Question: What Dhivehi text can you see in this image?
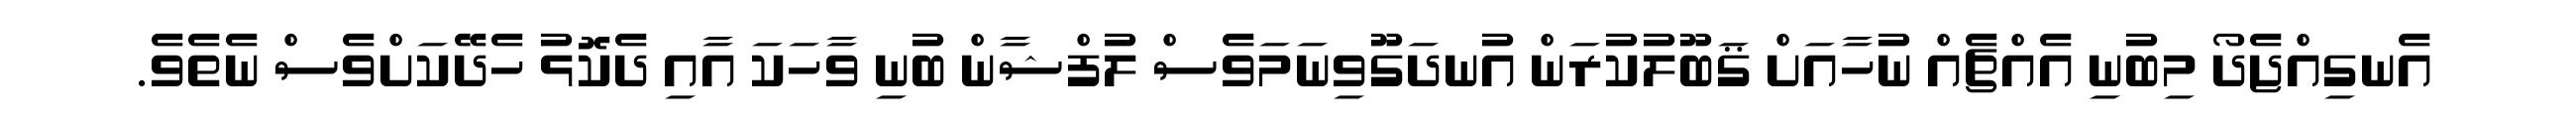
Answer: އެނގިއްޖެދޯ މިބުނި އެއްޗެއް ނުހާއަށް ޤަބޫލުކުރަން އުނދަގޫވިނަމަވެސް ލުފްޝާން ބުނި ވާހަކަ އާއި ދެކޮޅު ހެދޭކަށްވެސް ނެތެވެ.